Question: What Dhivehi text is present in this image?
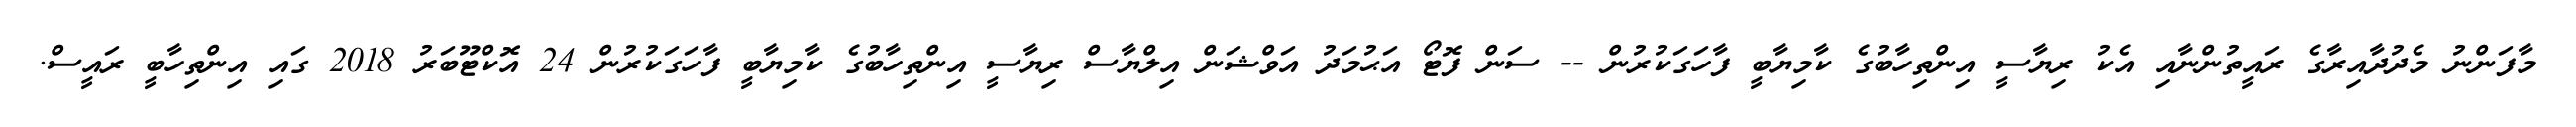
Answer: މާފަންނު މެދުދާއިރާގެ ރައީތުންނާއި އެކު ރިޔާސީ އިންތިހާބުގެ ކާމިޔާބީ ފާހަގަކުރުން -- ސަން ފޮޓޯ އަޙުމަދު އަވްޝަން އިލްޔާސް ރިޔާސީ އިންތިހާބުގެ ކާމިޔާބީ ފާހަގަކުރުން 24 އޮކްޓޫބަރު 2018 ގައި އިންތިހާބީ ރައީސް.